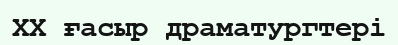
XX ғасыр драматургтері